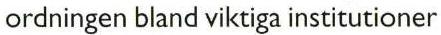
ordningen bland viktiga institutioner